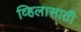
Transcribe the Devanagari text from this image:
व्हिलासाठी